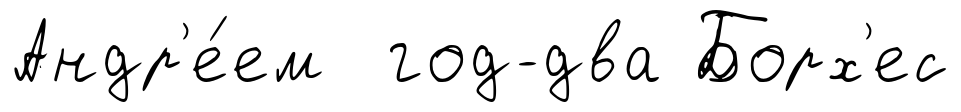
Андр'е́ем год-два Борх'ес